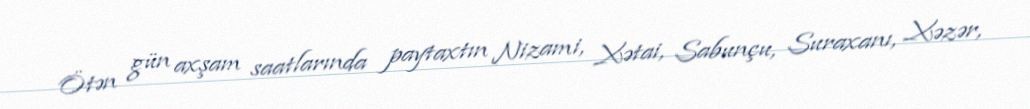
Ötən gün axşam saatlarında paytaxtın Nizami, Xətai, Sabunçu, Suraxanı, Xəzər,